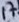
Text: 17